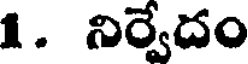
1. నిర్వేదం